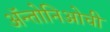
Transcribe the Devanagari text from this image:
ॲन्तोनिओची